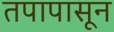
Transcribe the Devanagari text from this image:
तपापासून